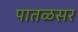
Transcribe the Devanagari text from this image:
पातळसर